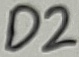
Text: D2